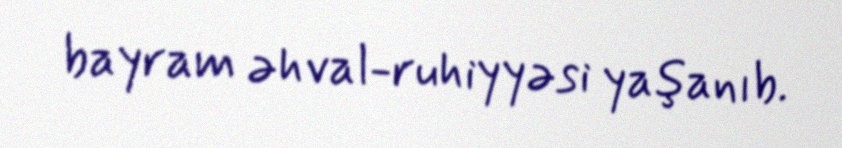
bayram əhval-ruhiyyəsi yaşanıb.